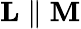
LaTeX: \mathbf{L}\parallel\mathbf{M}